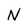
Character: N